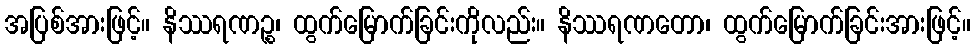
အပြစ်အားဖြင့်။ နိဿရဏဉ္စ၊ ထွက်မြောက်ခြင်းကိုလည်း။ နိဿရဏတော၊ ထွက်မြောက်ခြင်းအားဖြင့်။